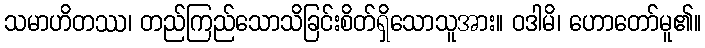
သမာဟိတဿ၊ တည်ကြည်သောသိခြင်းစိတ်ရှိသောသူအား။ ဝဒါမိ၊ ဟောတော်မူ၏။